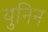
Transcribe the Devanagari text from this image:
युनिन